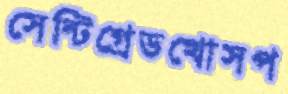
সেন্টিগ্রেডখোসপ